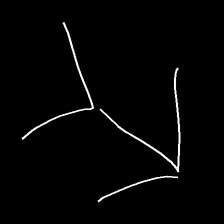
Glyph: gather